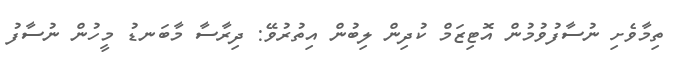
ތިމާވެށި ނުސާފުވުމުން އޮޓިޒަމް ކުދިން ލިބުން އިތުރުވޭ: ދިރާސާ މާބަނޑު މީހުން ނުސާފު